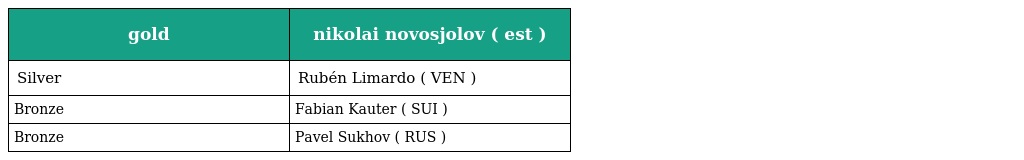
| gold | nikolai novosjolov ( est ) |
 | --- | --- |
 | Silver | Rubén Limardo ( VEN ) |
 | Bronze | Fabian Kauter ( SUI ) |
 | Bronze | Pavel Sukhov ( RUS ) |